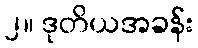
၂။ ဒုတိယအခန်း